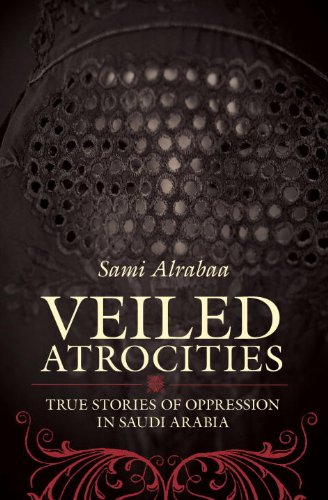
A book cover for Veiled Atrocities: True Stories of Oppression in Saudi Arabia; Sami Alrabaa; History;